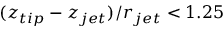
( z _ { t i p } - z _ { j e t } ) / r _ { j e t } < 1 . 2 5